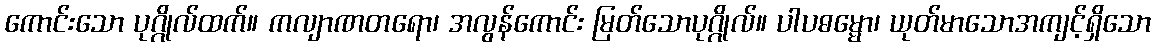
ကောင်းသော ပုဂ္ဂိုလ်ထက်။ ကလျာဏတရော၊ အလွန်ကောင်း မြတ်သောပုဂ္ဂိုလ်။ ပါပဓမ္မော၊ ယုတ်မာသောအကျင့်ရှိသော